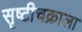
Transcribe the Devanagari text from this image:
सृष्टीचक्राला